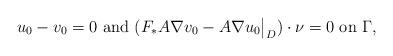
LaTeX: \begin{align*}u_0 - v_0 = 0 \mbox{ and } (F_*A \nabla v_0 - A \nabla u_0 \big|_{D} ) \cdot \nu = 0 \mbox{ on } \Gamma, \end{align*}